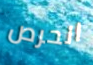
الحرص